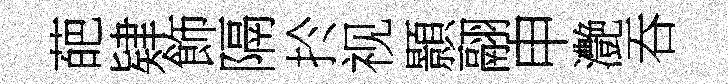
葩肄飾隔扵视顥翮申灔吞